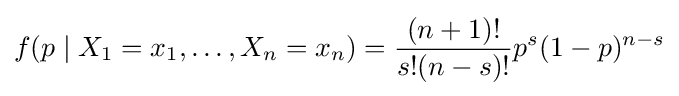
f(p\mid X_{1}=x_{1},\ldots ,X_{n}=x_{n})={(n+1)! \over s!(n-s)!}p^{s}(1-p)^{n-s}